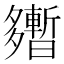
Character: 𡗎